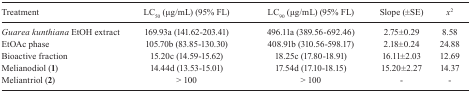
<table><thead><tr><td><b>Treatment</b></td><td><b>LC<sub>50</sub>(μg/mL) (95% FL)</b></td><td><b>LC<sub>90</sub>(μg/mL) (95% FL)</b></td><td><b>Slope (±SE)</b></td><td><b><i>x</i><sup>2</sup></b></td></tr></thead><tbody><tr><td><i>Guarea kunthiana</i> EtOH extract</td><td>169.93a (141.62-203.41)</td><td>496.11a (389.56-692.46)</td><td>2.75±0.29</td><td>8.58</td></tr><tr><td>EtOAc phase</td><td>105.70b (83.85-130.30)</td><td>408.91b (310.56-598.17)</td><td>2.18±0.24</td><td>24.88</td></tr><tr><td>Bioactive fraction</td><td>15.20c (14.59-15.62)</td><td>18.25c (17.80-18.91)</td><td>16.11±2.03</td><td>12.69</td></tr><tr><td>Melianodiol (<b>1</b>)</td><td>14.44d (13.53-15.01)</td><td>17.54d (17.10-18.15)</td><td>15.20±2.27</td><td>14.37</td></tr><tr><td>Meliantriol (<b>2</b>)</td><td>&gt; 100</td><td>&gt; 100</td><td>-</td><td>-</td></tr></tbody></table>